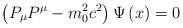
LaTeX: \begin{align*}\left( P_{\mu }P^{\mu }-m_{0}^{2}c^{2}\right) \Psi \left( x\right) =0\end{align*}